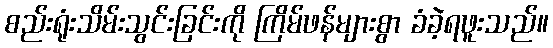
စည်းရုံးသိမ်းသွင်းခြင်းကို ကြိမ်ဖန်များစွာ ခံခဲ့ရဖူးသည်။